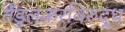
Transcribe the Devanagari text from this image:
तेंडुलकरविरुद्ध